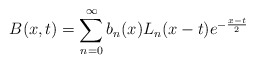
\begin{align*}B(x,t)=\sum_{n=0}^{\infty}b_{n}(x)L_{n}(x-t)e^{-\frac{x-t}{2}}\end{align*}